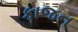
કાજન